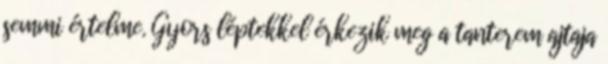
semmi értelme. Gyors léptekkel érkezik meg a tanterem ajtaja